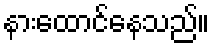
နားထောင်နေသည်။